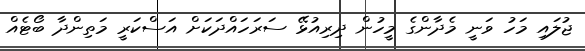
ޖުލައި މަހު ވަނީ މެދާންގެ މީހުން ދިރިއުޅޭ ސަރަހައްދަކަށް އަސްކަރީ މަތިންދާ ބޯޓެއް